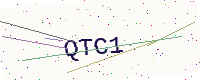
Text: QTC1